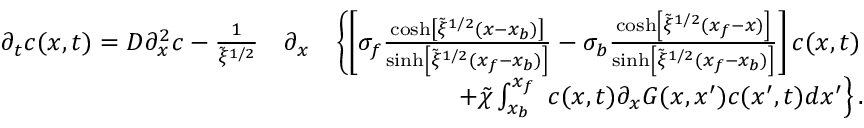
\begin{array} { r l r } { \partial _ { t } c ( x , t ) = D \partial _ { x } ^ { 2 } c - \frac { 1 } { \tilde { \xi } ^ { 1 / 2 } } } & { \partial _ { x } } & { \left\{ \left[ \sigma _ { f } \frac { \cosh \left[ \tilde { \xi } ^ { 1 / 2 } ( x - x _ { b } ) \right] } { \sinh \left[ \tilde { \xi } ^ { 1 / 2 } ( x _ { f } - x _ { b } ) \right] } - \sigma _ { b } \frac { \cosh \left[ \tilde { \xi } ^ { 1 / 2 } ( x _ { f } - x ) \right] } { \sinh \left[ \tilde { \xi } ^ { 1 / 2 } ( x _ { f } - x _ { b } ) \right] } \right] c ( x , t ) \right. } \\ & { } & { \left. + \tilde { \chi } \int _ { x _ { b } } ^ { x _ { f } } \ c ( x , t ) \partial _ { x } G ( x , x ^ { \prime } ) c ( x ^ { \prime } , t ) d x ^ { \prime } \right\} . } \end{array}